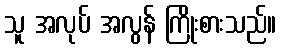
သူ အလုပ် အလွန် ကြိုးစားသည်။